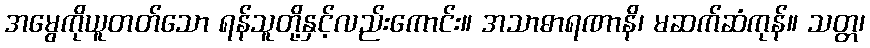
အမွေကိုယူတတ်သော ရန်သူတို့နှင့်လည်းကောင်း။ အသာဓာရဏာနိ၊ မဆက်ဆံကုန်။ သတ္တ၊